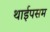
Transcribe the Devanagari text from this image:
थाईपसम